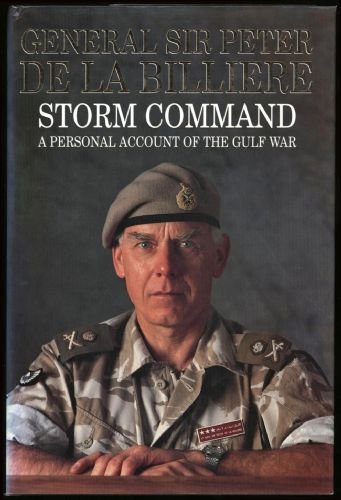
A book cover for Storm command: a personal account of the Gulf War; Peter DE LA BILLIERE; History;